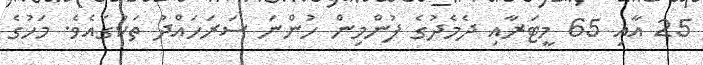
25 އާއި 65 މީޓަރާއި ދެމެދުގެ ފުންމިން ހުންނަ ސަރަހައްދު ތަކުގައެވެ. މަހުގެ